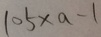
1 0 5 \times a - 1